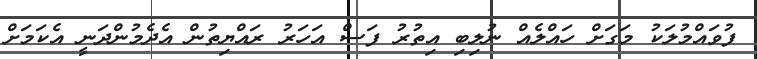
ފުވައްމުލަކު މަގަށް ހައްލެއް ނުލިބި އިތުރު ފަސް އަހަރު ރައްޔިތުން އެދެމުންދަނީ އެކަމަށް